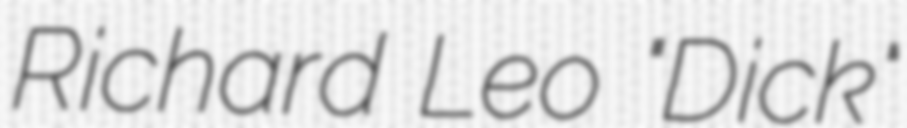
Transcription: Richard Leo "Dick"